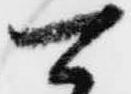
可